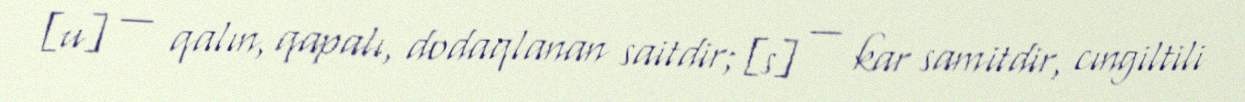
[u] — qalın, qapalı, dodaqlanan saitdir; [s] — kar samitdir, cıngiltili